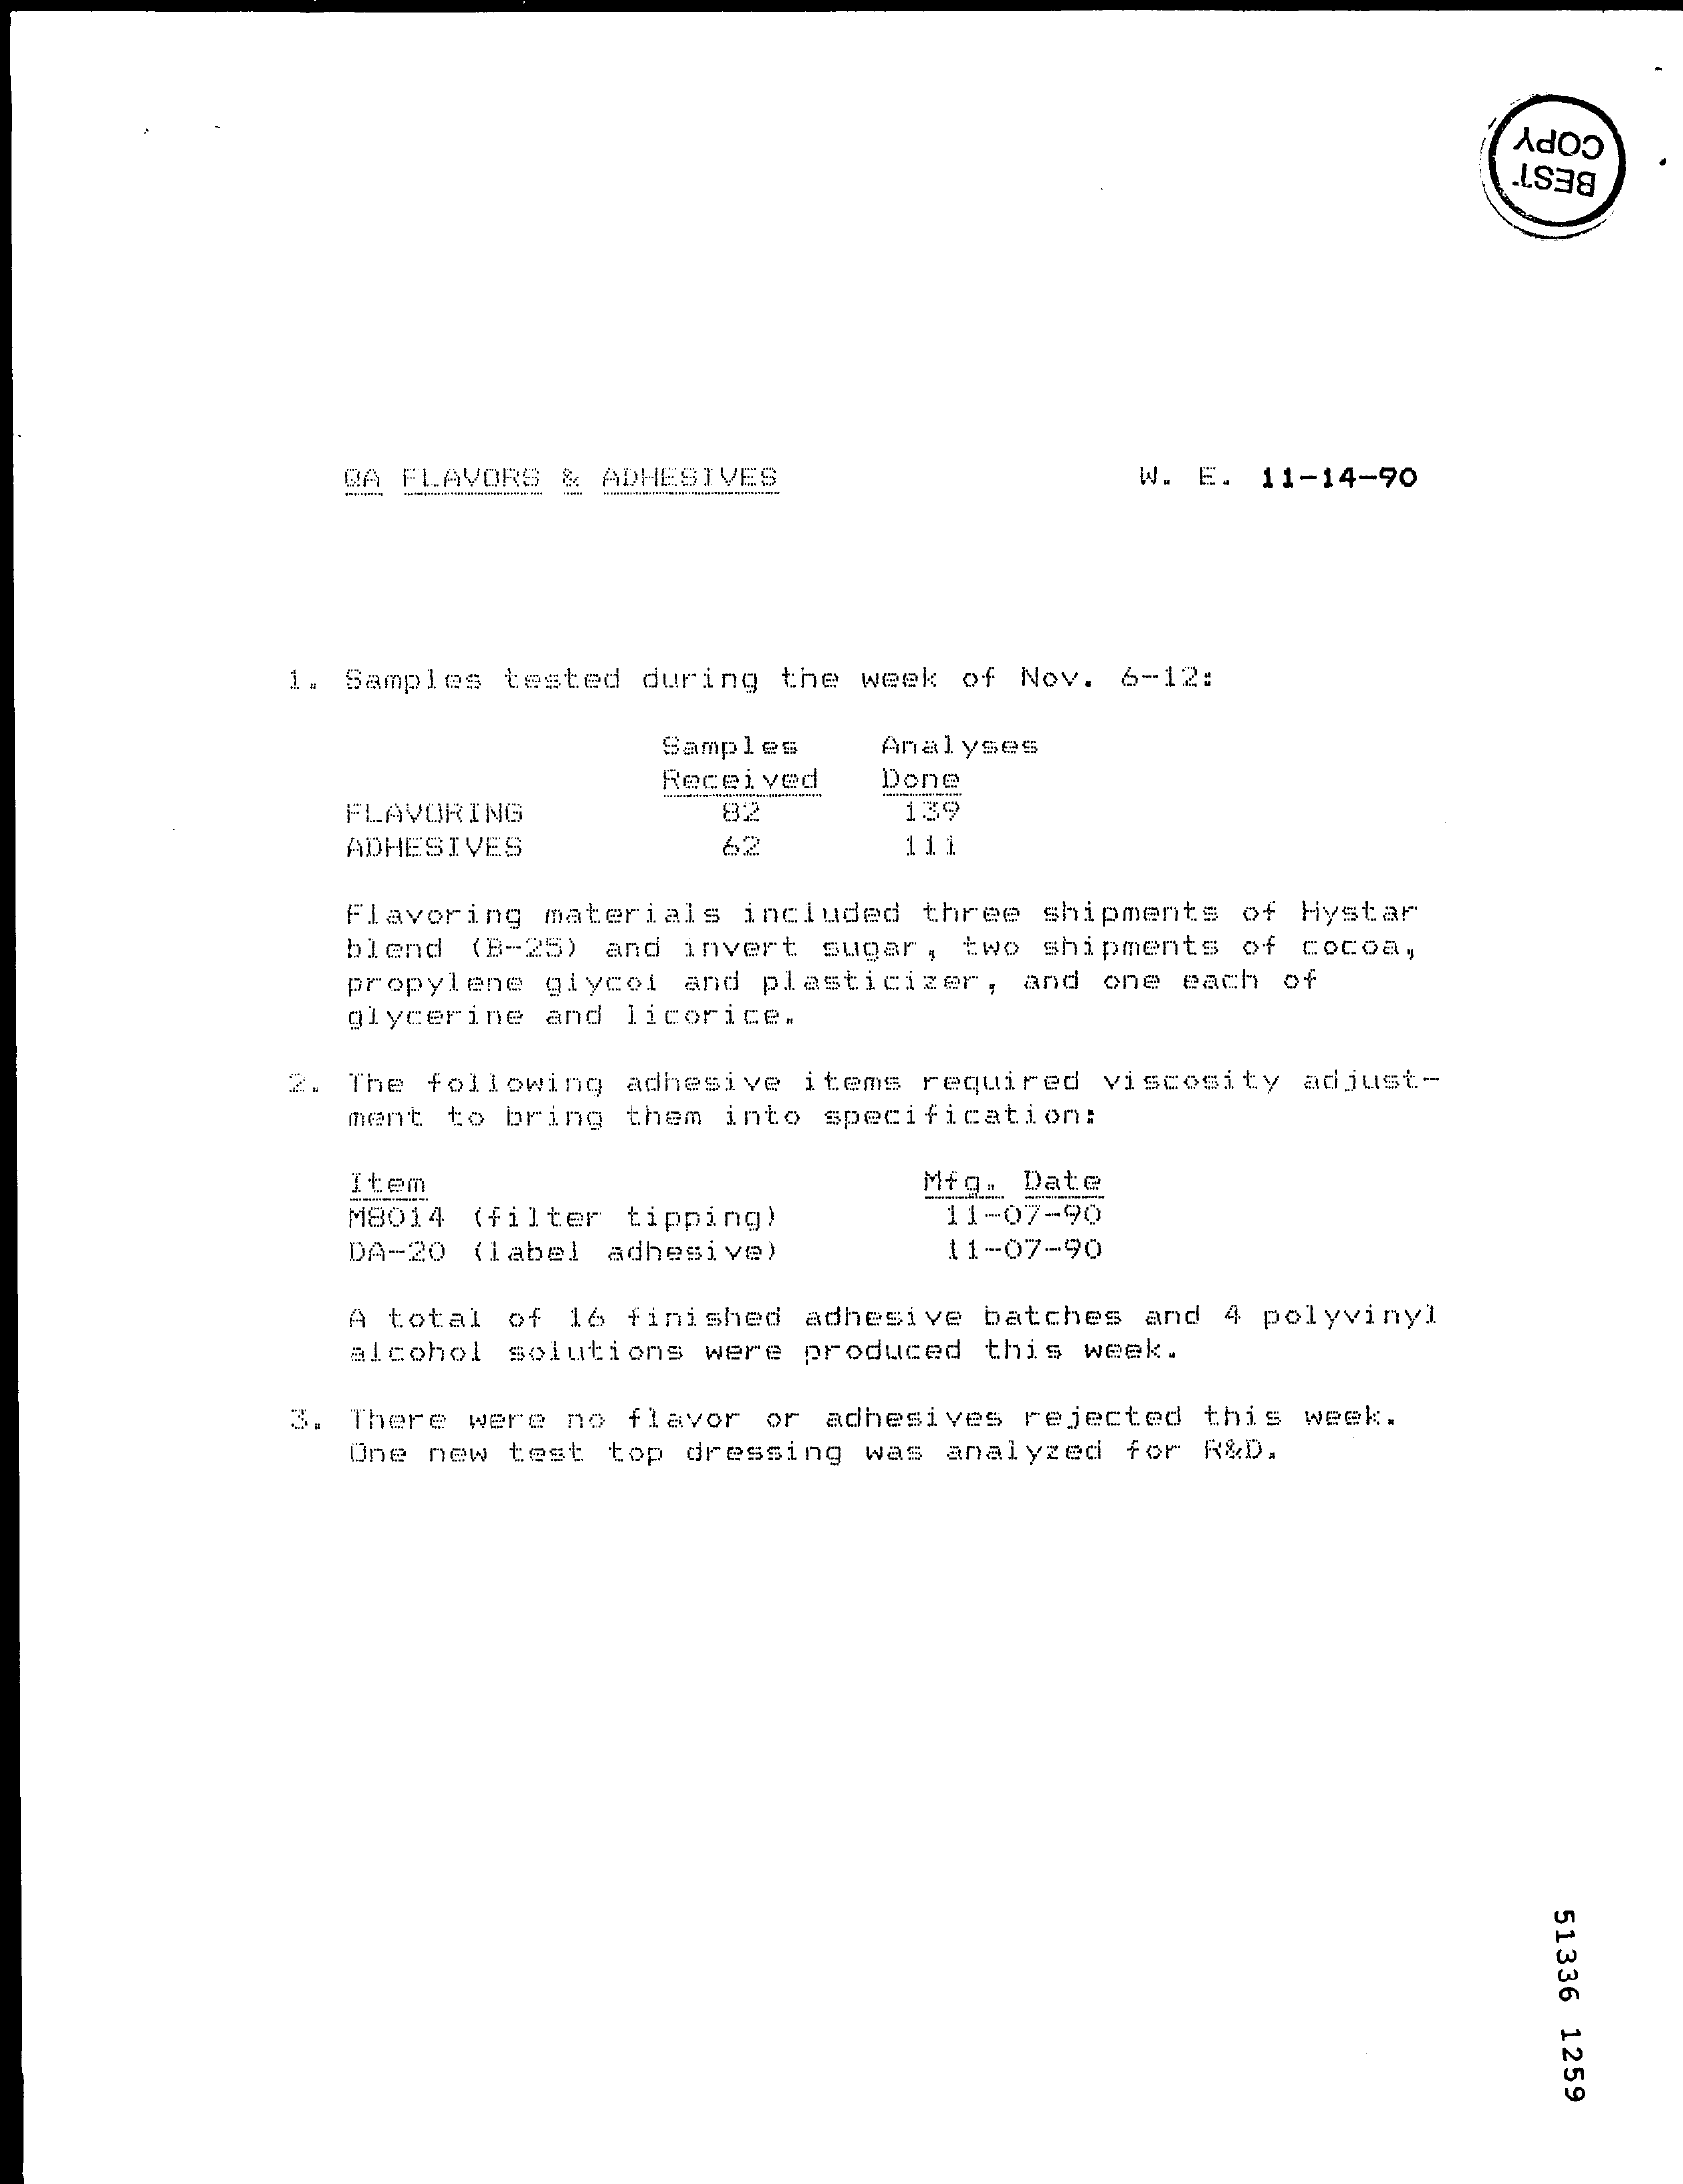
COPY
     BEST
     QA FLAVORS & ADHESIVES    W. E. 11-14-90
     1. Samples tested during the week of Nov. 6-12:
     Samples  Analyses
     Received Done
     FLAVORING    139
     ADHESIVES    62    11
     Flavoring materials included three shipments of Hystar
     blend (B-25) and invert sugar, two shipments of cocoa,
     propylene glycol and plasticizer, and one each of
     glycerine and licorice.
     2. The following adhesive items required viscosity adjust-
     ment to bring them into specification:
     Item    Mfg. Date
     M8014 (filter tipping)    11-07-90
     DA-20 (label adhesive)    11-07-90
     A total of 16 finished adhesive batches and 4 polyvinyl
     alcohol solutions were produced this week.
     3. There were no flavor or adhesives rejected this week.
     One new test top dressing was analyzed for R&D.
     51336
     1259